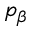
p _ { \beta }